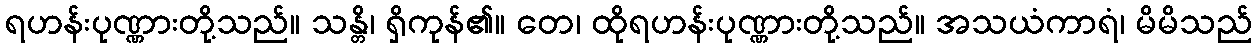
ရဟန်းပုဏ္ဏားတို့သည်။ သန္တိ၊ ရှိကုန်၏။ တေ၊ ထိုရဟန်းပုဏ္ဏားတို့သည်။ အသယံကာရံ၊ မိမိသည်